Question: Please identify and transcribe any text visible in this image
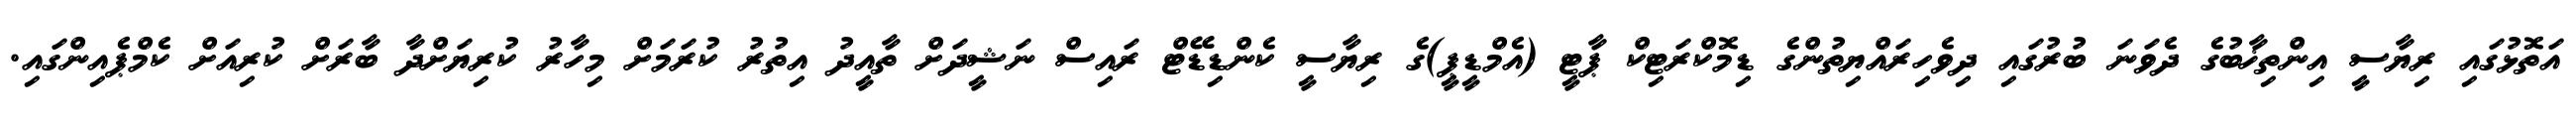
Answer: އަތޮޅުގައި ރިޔާސީ އިންތިޚާބުގެ ދެވަނަ ބުރުގައި ދިވެހިރައްޔިތުންގެ ޑިމޮކްރަޓިކް ޕާޓީ (އެމްޑީޕީ)ގެ ރިޔާސީ ކެންޑިޑޭޓް ރައިސް ނަޝީދަށް ތާއީދު އިތުރު ކުރަމަށް މިހާރު ކުރިޔަށްދާ ބާރަށް ކުރިއަށް ކެމްޕެއިންގައި.